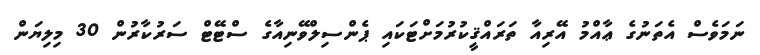
ނަމަވެސް އެތަނުގެ ޢާއްމު އޭރިއާ ތަރައްޤީކުރުމަށްޓަކައި ޕެންސިލްވޭނިއާގެ ސްޓޭޓް ސަރުކާރުން 30 މިލިޔަން